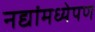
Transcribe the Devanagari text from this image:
नद्यांमध्येपण